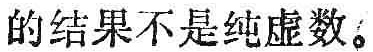
的结果不是纯虚数。